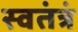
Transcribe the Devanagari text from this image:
स्वतंत्रं